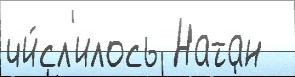
чи́сл'илось Натан